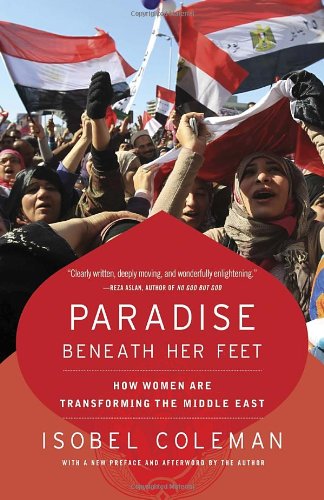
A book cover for Paradise Beneath Her Feet: How Women Are Transforming the Middle East (Council on Foreign Relations Books (Random House)); Isobel Coleman; Religion & Spirituality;